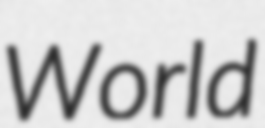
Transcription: World